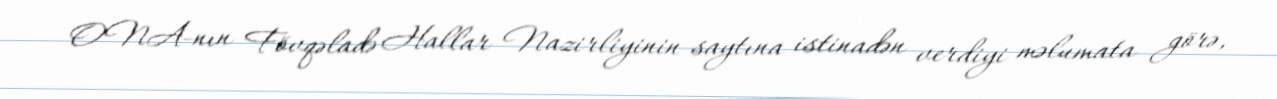
ONA-nın Fövqəladə Hallar Nazirliyinin saytına istinadən verdiyi məlumata görə,